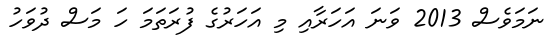
ނަމަވެސް 2013 ވަނަ އަހަރާއި މި އަހަރުގެ ފުރަތަމަ ހަ މަސް ދުވަހު